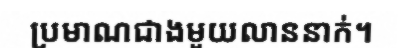
ប្រមាណជាងមួយលាននាក់។